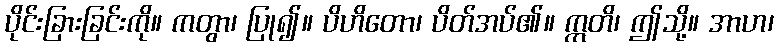
ပိုင်းခြားခြင်းကို။ ကတွာ၊ ပြု၍။ ပိဟိတော၊ ပိတ်အပ်၏။ ဣတိ၊ ဤသို့။ အာဟ၊